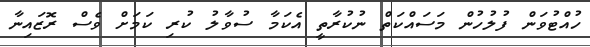
ހުއްޓުވަން ފުލުހުން މަސައްކަތް ނުކުރާތީ އެކަމާ ސުވާލު ކުރި ކަމަށް ވެސް ރޮޒައިނާ